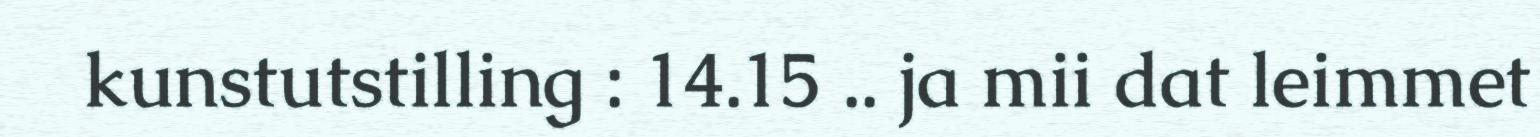
kunstutstilling : 14.15 .. ja mii dat leimmet